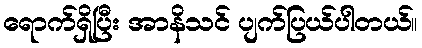
ရောက်ရှိပြီး အာနိသင် ပျက်ပြယ်ပါတယ်။